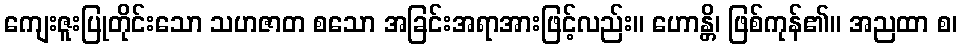
ကျေးဇူးပြုတိုင်းသော သဟဇာတ စသော အခြင်းအရာအားဖြင့်လည်း။ ဟောန္တိ၊ ဖြစ်ကုန်၏။ အညထာ စ၊